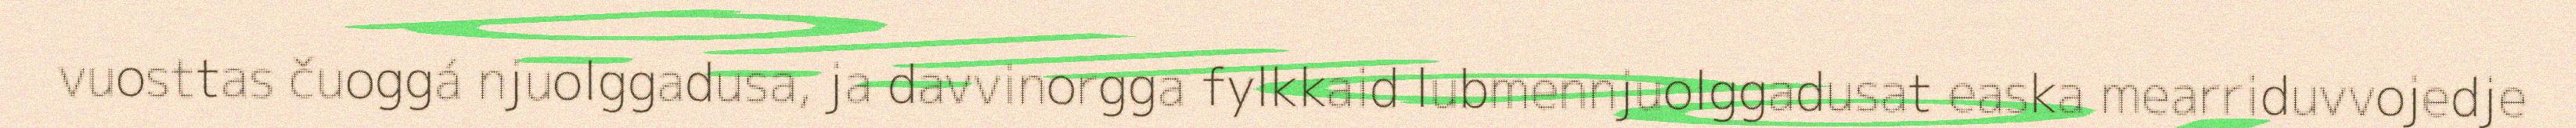
vuosttas čuoggá njuolggadusa, ja davvinorgga fylkkaid lubmennjuolggadusat easka mearriduvvojedje